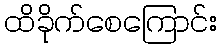
ထိခိုက်စေကြောင်း